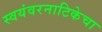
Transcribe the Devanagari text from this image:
स्वयंवरनाटिकेचा